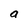
Character: a